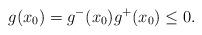
LaTeX: \begin{align*}g(x_0)=g^-(x_0)g^+(x_0)\le0.\end{align*}